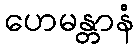
ဟေမန္တာနံ